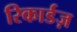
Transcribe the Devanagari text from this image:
रिकार्डज़